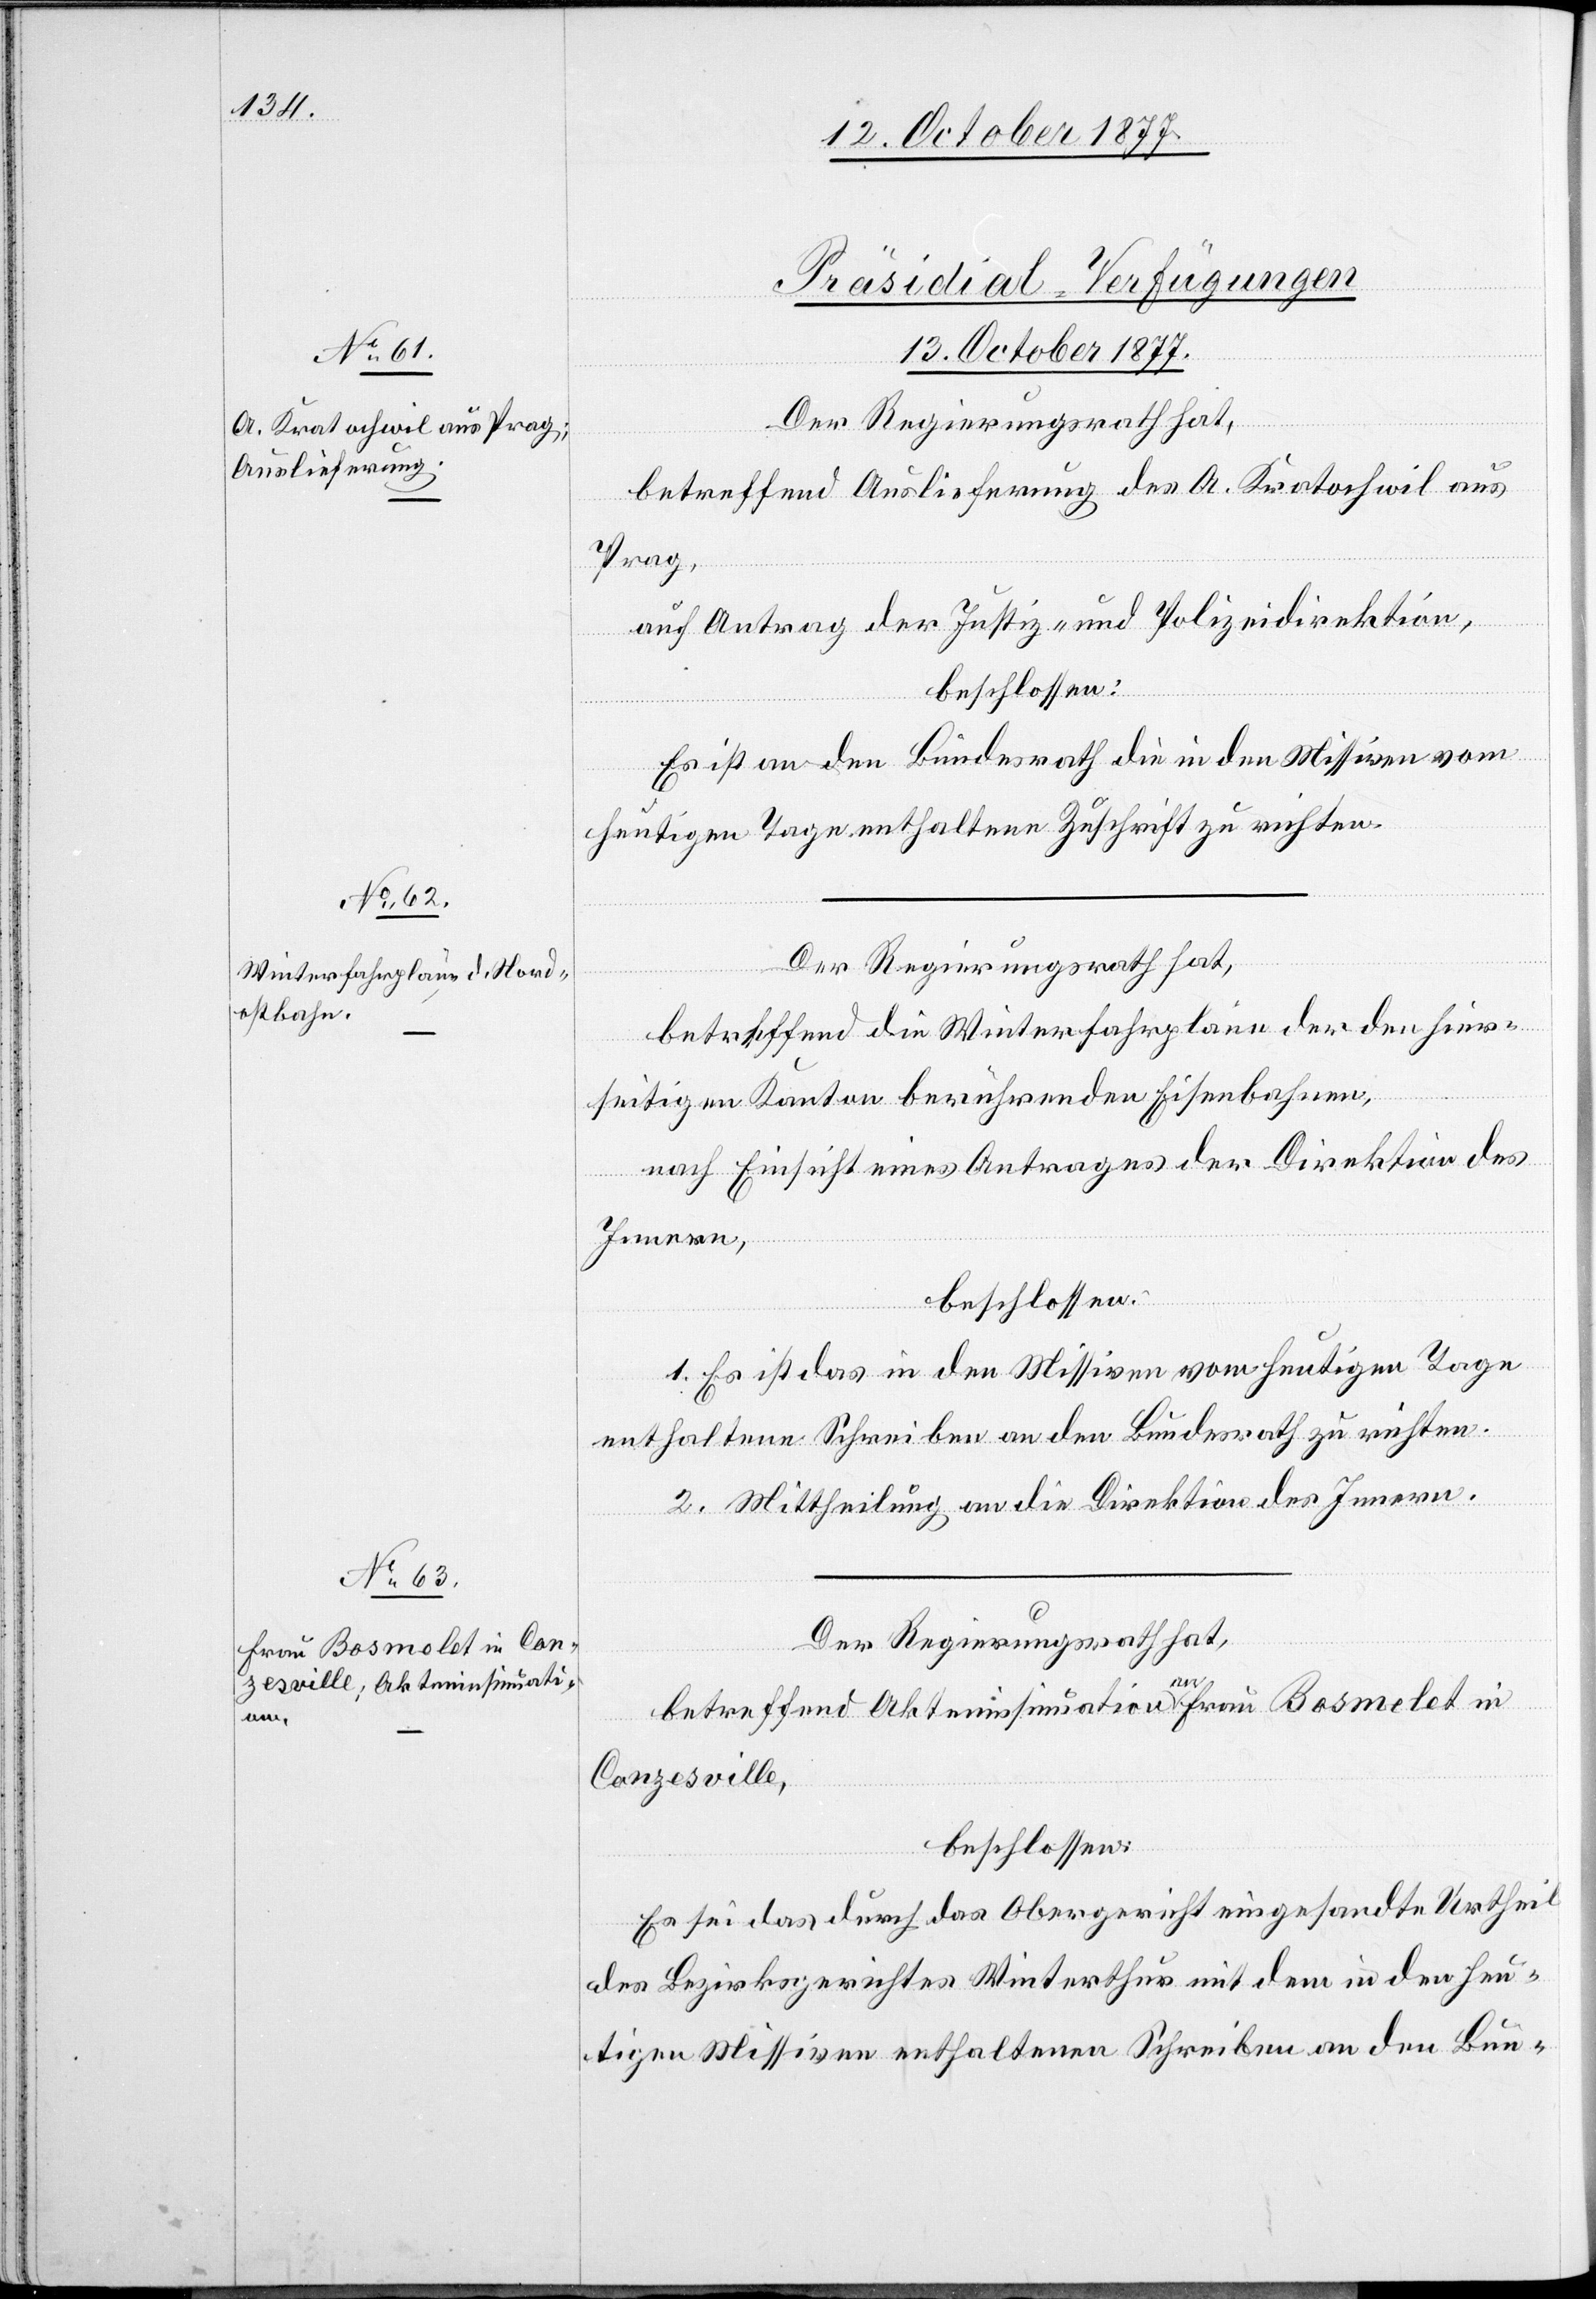
[Präsidial-Verfügungen
13. October 1877.]
Der Regierungsrath hat,
betreffend Auslieferung des A. Kratochwil aus
Prag,
auf Antrag der Justiz- und Polizeidirektion,
beschlossen:
Es ist an den Bundesrath die in den Missiven vom
heutigen Tage enthaltene Zuschrift zu richten.
betreffend die Winterfahrpläne der den hier¬
seitigen Kanton berührenden Eisenbahnen,
nach Einsicht eines Antrages der Direktion des
Innern,
beschlossen:
1. Es ist das in den Missiven vom heutigen Tage
enthaltene Schreiben an den Bundesrath zu richten.
2. Mittheilung an die Direktion des Innern.
betreffend Akteninsinuation an Frau Bosmelet in
Conzesville,
beschlossen:
Es sei das durch das Obergericht eingesandte Urtheil
des Bezirksgerichtes Winterthur mit dem in den heu¬
tigen Missiven enthaltenen Schreiben an den Bun-